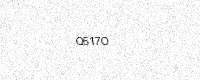
Text: Q517O